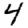
Digit: 4